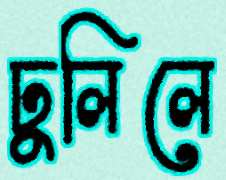
ঢুলিলে